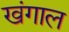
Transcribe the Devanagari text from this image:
खंगाल